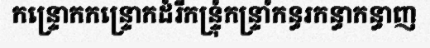
កន្ទ្រោកកន្ទ្រោកដំរីកន្ទ្រុំកន្ទ្រាំកន្ធរកន្ធាកន្ធាញ